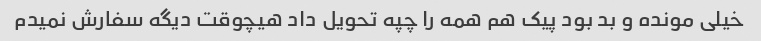
خیلی مونده و بد بود پیک هم همه را چپه تحویل داد هیچوقت دیگه سفارش نمیدم